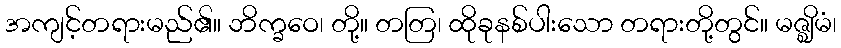
အကျင့်တရားမည်၏။ ဘိက္ခဝေ၊ တို့။ တတြ၊ ထိုခုနစ်ပါးသော တရားတို့တွင်။ မဇ္ဈိမံ၊